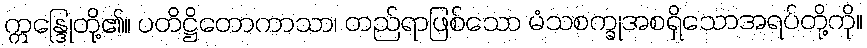
ဣန္ဒြေုတို့၏။ ပတိဋ္ဌိတောကာသာ၊ တည်ရာဖြစ်သော မံသစက္ခုအစရှိသောအရပ်တို့ကို။